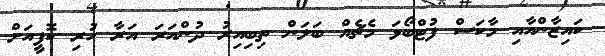
ކައިޒާންއާއި މާކަސް ފުޓްބޯޅަ މެޗެއް ބަލަން ތިބިއިރު ދުންއަރަ އަރާ ހުރި ކޮފީއަށް